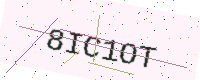
Text: 8IC1OT